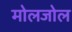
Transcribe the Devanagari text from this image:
मोलजोल